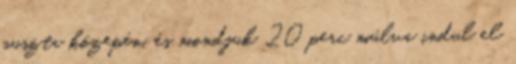
puszta közepén, és mondjuk 20 perc múlva indul el